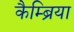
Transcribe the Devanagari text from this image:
कैम्ब्रिया